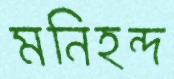
মনিহন্দ